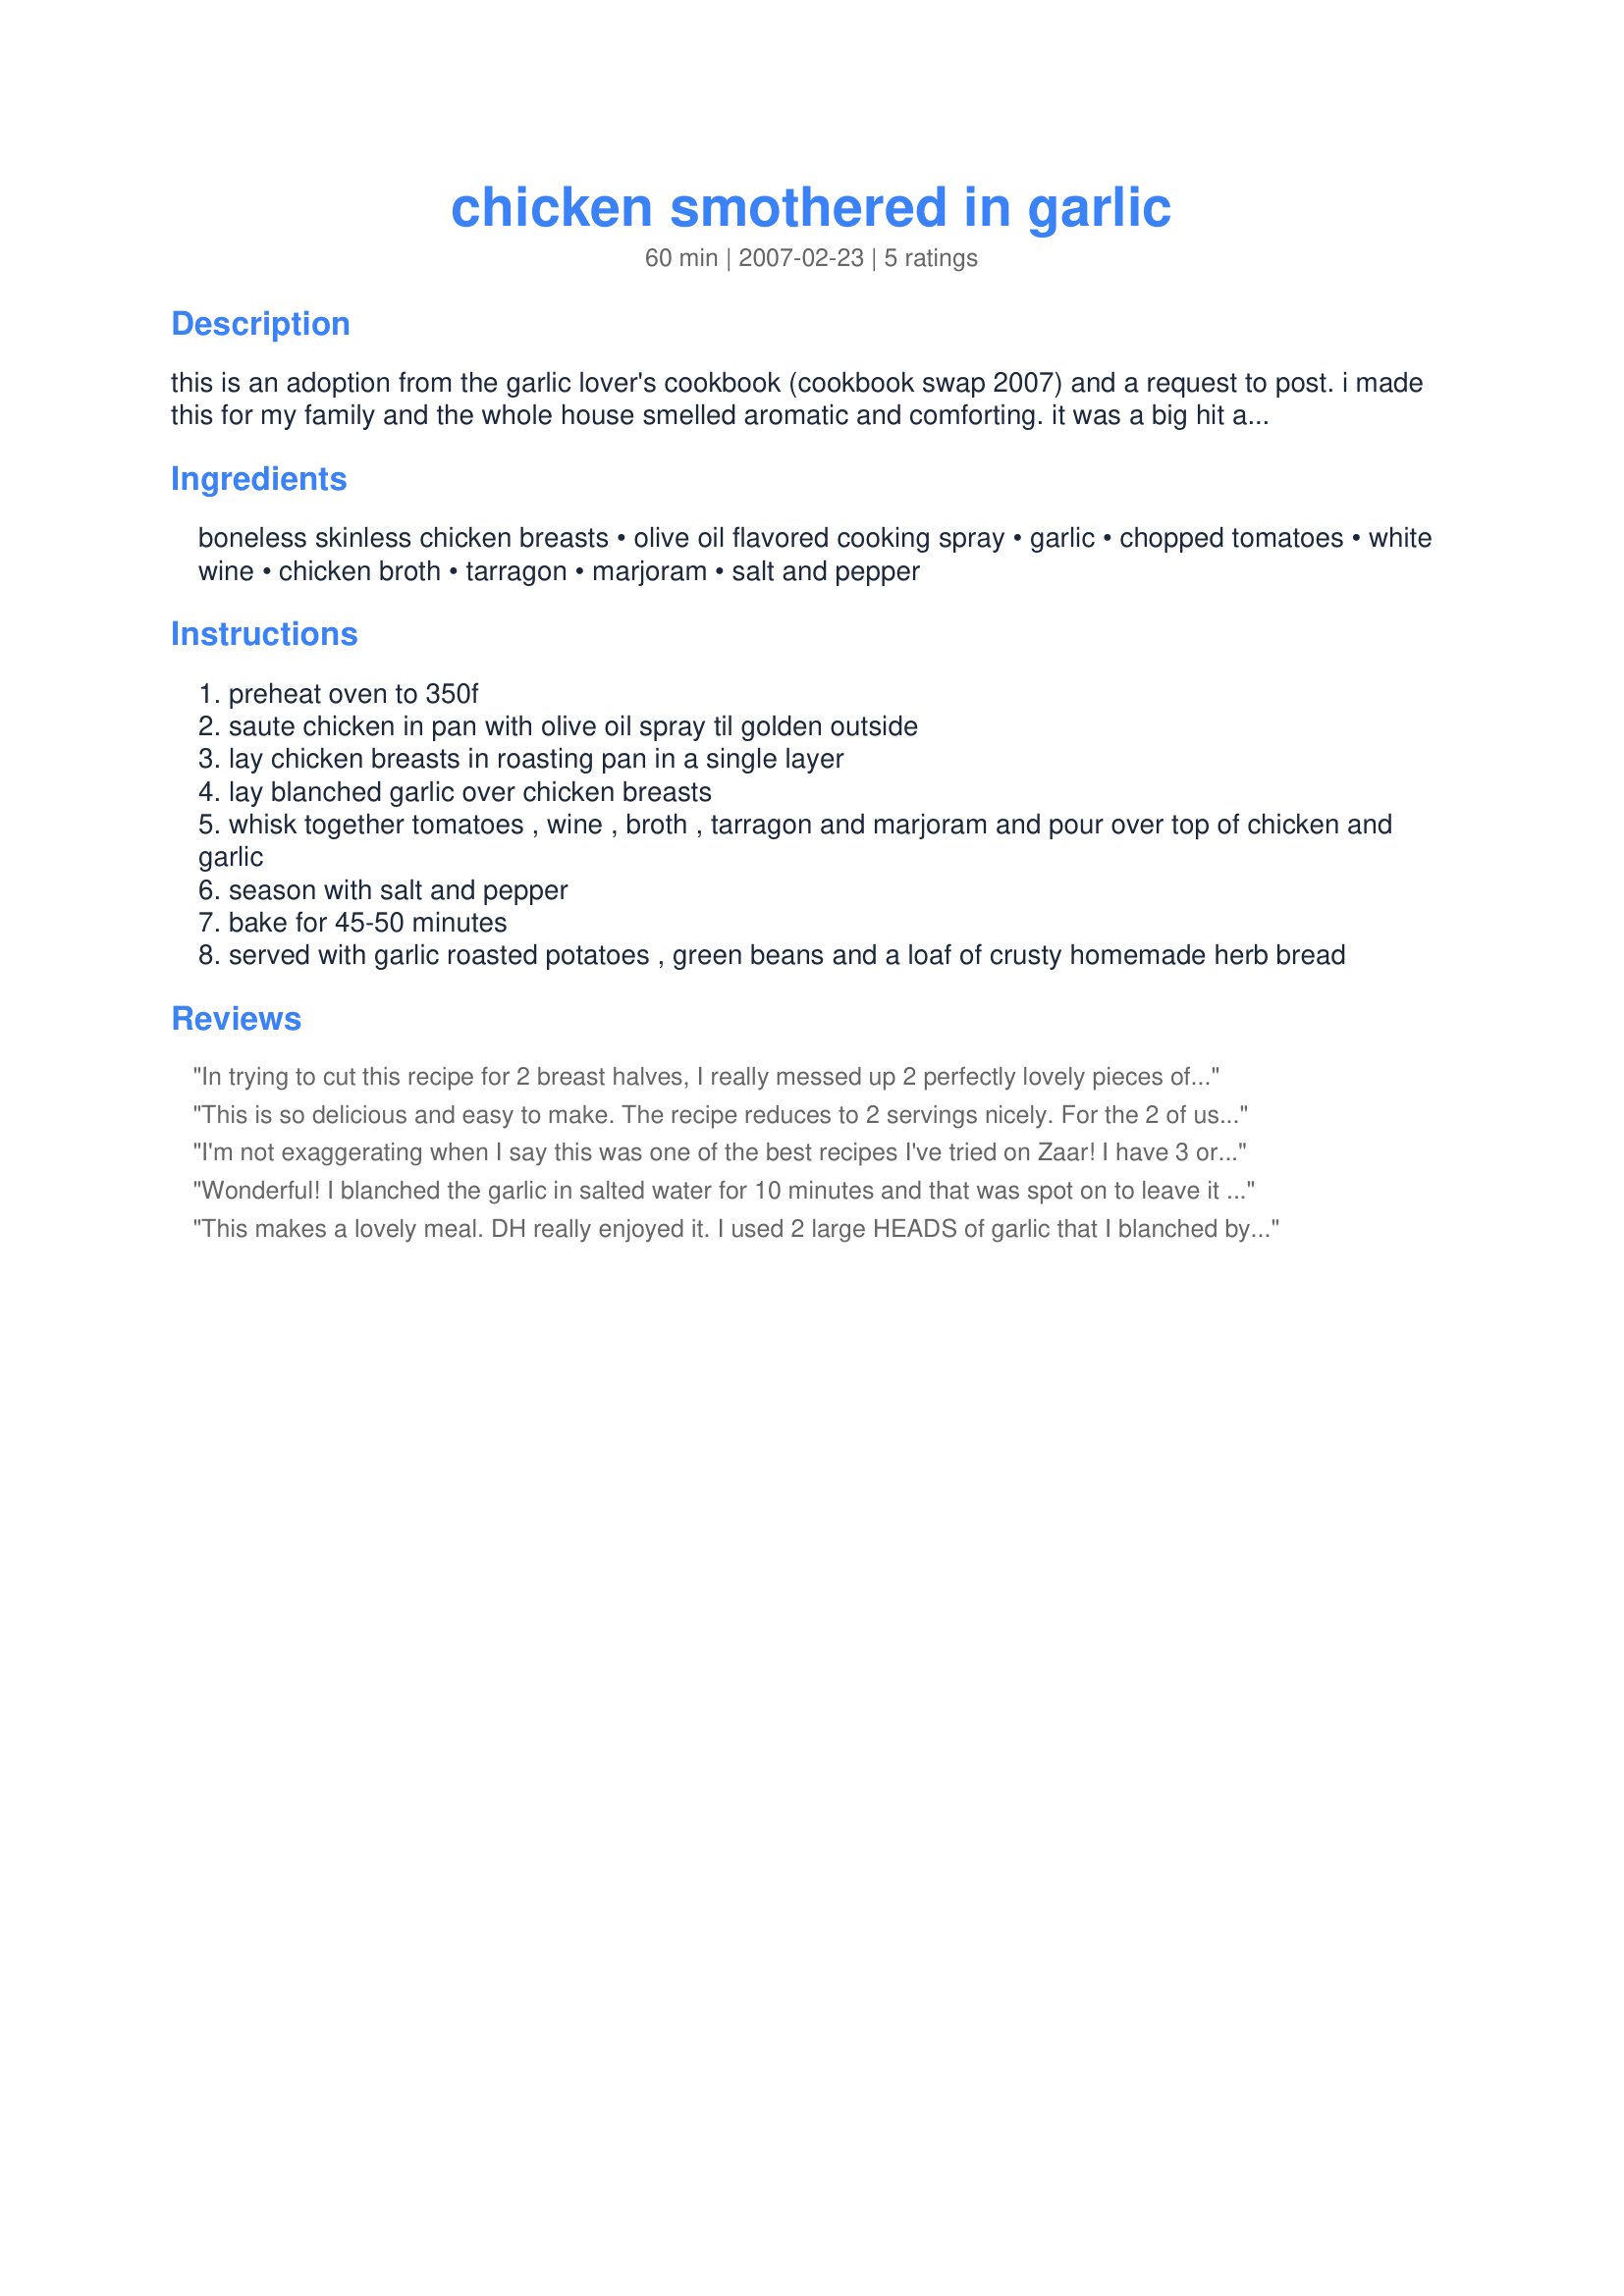
chicken smothered in garlic
Preparation time: 60 minutes

this is an adoption from the garlic lover's cookbook (cookbook swap 2007) and a request to post. i made this for my family and the whole house smelled aromatic and comforting. it was a big hit at our house, hope it is at yours.

Ingredients:
boneless skinless chicken breasts, olive oil flavored cooking spray, garlic, chopped tomatoes, white wine, chicken broth, tarragon, marjoram, salt and pepper

Steps:
preheat oven to 350f
saute chicken in pan with olive oil spray til golden outside
lay chicken breasts in roasting pan in a single layer
lay blanched garlic over chicken breasts
whisk together tomatoes , wine , broth , tarragon and marjoram and pour over top of chicken and garlic
season with salt and pepper
bake for 45-50 minutes
served with garlic roasted potatoes , green beans and a loaf of crusty homemade herb bread

Reviews:
In trying to cut this recipe for 2 breast halves, I really messed up 2 perfectly lovely pieces of chicken !! There was just TOO much activity going on in my small space, and I placed them on too large a pan, and baked WAY too long -- ending in TOUGH, DRY chicken -- almost never heard of !!
The flavors were great - and all to our liking, so I WILL try this again, when the house is quiet. I may use Tarragon Vinegar and a little olive oil, to add to the topping, next time. Used the same pan I browned the chicken in, to finish Recipe # 59916, New Potatoes with Herbs de Provence, Lemon, and Coarse salt. THAT worked well !! This is a great combo of flavors and aromas ! Thanks.
This is so delicious and easy to make. The recipe reduces to 2 servings nicely. For the 2 of us, I used almost a full head of garlic and discovered that I didn't have the spices called for and used a spice blend. The chicken was moist, tender and full of flavor.
I'm not exaggerating when I say this was one of the best recipes I've tried on Zaar! I have 3 or 4 favorites and this is up there! It's just totally yummy for so little effort! Low fat to boot! We made this last night for a little dinner party we had. First off, the dish looks beautiful before you even cook it. It only takes about 20 minutes to throw together too. The aroma when cooking is enough to make you drool. And the finished dish tastes every bit as delicious as it looks and smells. I pounded the chicken, so I only cooked it for 30 minutes. The tomatoes retained their texture and the blanched garlic was soft and fairly mild. I used fresh tarragon, and this was really tasty. The dish made lots of sauce, so definitely serve with some french bread to soak in it. I served this with my White Bean Puree, and roasted asparagus with shaved parmesan, which went very well I think. Thanks Chef1MOM - this was great! I WISH I had some leftover! But, I'll be making it again!
Wonderful! I blanched the garlic in salted water for 10 minutes and that was spot on to leave it tender after cooking without losing too much of the garlic punch. I served along with mashed potato and a side of steamed vegies, it really would go well with anything that soaks up the great sauce like the suggested crusty bread. I used a good dry white wine, it does contribute quite a bit to the flavor so worth using something decent.
This makes a lovely meal. DH really enjoyed it. I used 2 large HEADS of garlic that I blanched by peeling and dropping into the hot broth that I heated in the microwave in a glass measuring cup. Cooked again for 1 minute in the micro then added the wine and poured into the oven proof skillet that I browned the chicken in. I also sliced the really large cloves of garlic in half. I put the skillet in the oven rather than transfer to a roasting pan. Fewer dishes! Yeah! My chicken was done a lot sooner than the 40-50 minutes required so I would recommend checking them at about 20 minutes, especially if the chicken breast is small or thin. I was not sure as to the size or weight of the chicken as it isnt listed here. I served this with garlic potatoes as recommended. I think next time I will serve this with some type of pasta such as egg noodles or maybe some linguine. Thanks for a great recipe that really comes together fast and since it cooks in the oven, gives you time to spend with friends and family. I can really see this as a great recipe for a dinner party. I served this with a Yalumba Viogner and it went together very well. Made for Bev Tag! Thanks 1Mom!
